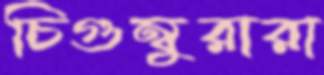
চিগুম্বুরারা